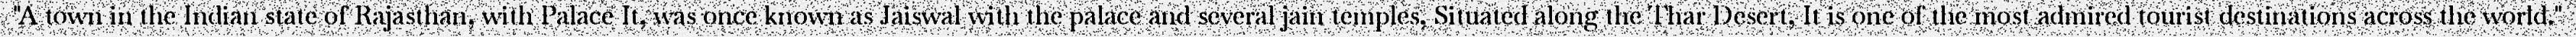
"A town in the Indian state of Rajasthan, with Palace It, was once known as Jaiswal with the palace and several jain temples, Situated along the Thar Desert, It is one of the most admired tourist destinations across the world."